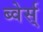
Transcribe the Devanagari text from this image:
ब्वेर्स्